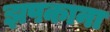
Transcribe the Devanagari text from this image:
झपकाना